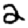
Digit: 2